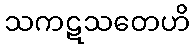
သကဋသတေဟိ